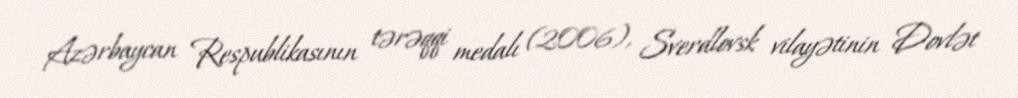
Azərbaycan Respublikasının tərəqqi medalı (2006), Sverdlovsk vilayətinin Dovlət